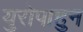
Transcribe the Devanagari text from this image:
युरोपाहुन